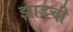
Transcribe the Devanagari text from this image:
झाडची